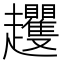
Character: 𧾵